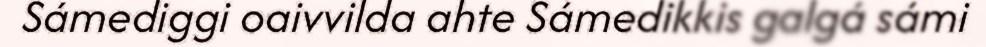
Sámediggi oaivvilda ahte Sámedikkis galgá sámi